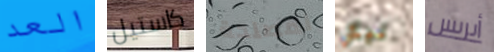
العد كاستيل لمصلحة نيكي أيريس